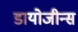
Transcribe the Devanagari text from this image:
डायोजीन्स